Report on the working of the Ranchi Indian Mental Hospital, Kanke, in Bihar and Orissa - 1930-1940
Year: 1930
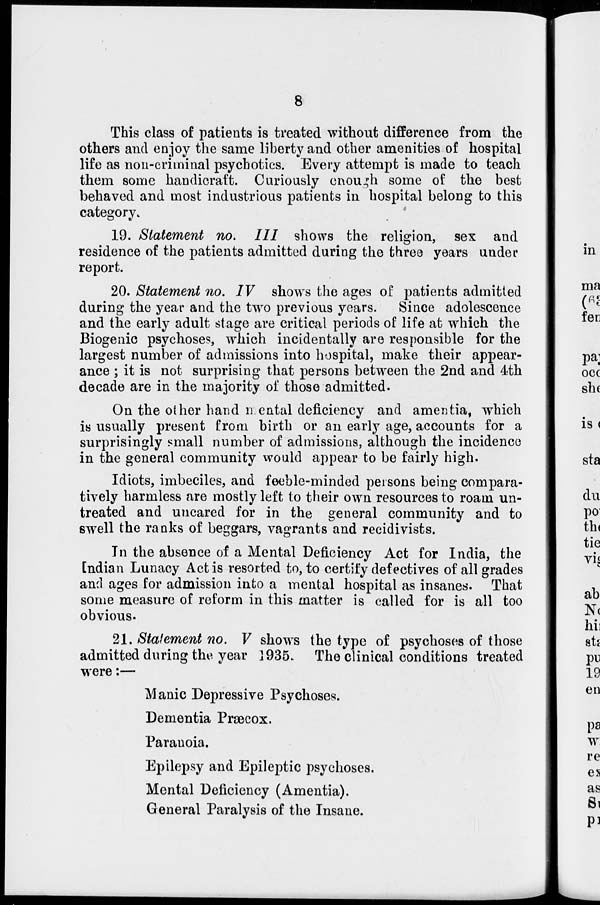
8
This class of patients is treated without difference from the
others and enjoy the same liberty and other amenities of hospital
life as non-criminal psychotics. Every attempt is made to teach
them some handicraft. Curiously enough some of the best
behaved and most industrious patients in hospital belong to this
category.
19. Statement no. III shows the religion, sex and
residence of the patients admitted during the three years under
report.
20. Statement no. IV shows the ages of patients admitted
during the year and the two previous years. Since adolescence
and the early adult stage are critical periods of life at which the
Biogenic psychoses, which incidentally are responsible for the
largest number of admissions into hospital, make their appear-
ance ; it is not surprising that persons between the 2nd and 4th
decade are in the majority of those admitted.
On the other hand mental deficiency and amentia, which
is usually present from birth or an early age, accounts for a
surprisingly small number of admissions, although the incidence
in the general community would appear to be fairly high.
Idiots, imbeciles, and feeble-minded persons being compara-
tively harmless are mostly left to their own resources to roam un-
treated and uncared for in the general community and to
swell the ranks of beggars, vagrants and recidivists.
In the absence of a Mental Deficiency Act for India, the
Indian Lunacy Act is resorted to, to certify defectives of all grades
and ages for admission into a mental hospital as insanes. That
some measure of reform in this matter is called for is all too
obvious.
21. Statement no. V shows the type of psychoses of those
admitted during the year 1935. The clinical conditions treated
were:—
Manic Depressive Psychoses.
Dementia Præcox.
Paranoia.
Epilepsy and Epileptic psychoses.
Mental Deficiency (Amentia).
General Paralysis of the Insane.